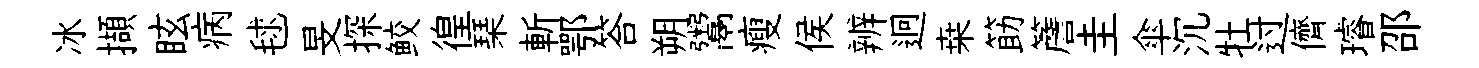
冰擷眩病毬旻探鲛徨琹斬鄂答朔鬻瘦侯辨迥桒筯簷圭傘沉牡过儕璿邵